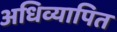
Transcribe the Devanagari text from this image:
अधिव्यापित